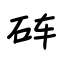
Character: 砗